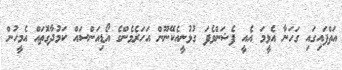
އަތްފައިގައި ގަހަނާ އެޅީމަ އެއީ ފެޝަންވެފަ ގުޅުނީއެކޭނޫން އަހަރެމެންގެ އޯޑިއަންސައް ކަމުދާގޮަތައް އެމީހުން